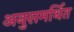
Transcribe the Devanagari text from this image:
अनुसमर्थित